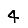
Digit: 4